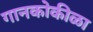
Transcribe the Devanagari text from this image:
गानकोकीळा